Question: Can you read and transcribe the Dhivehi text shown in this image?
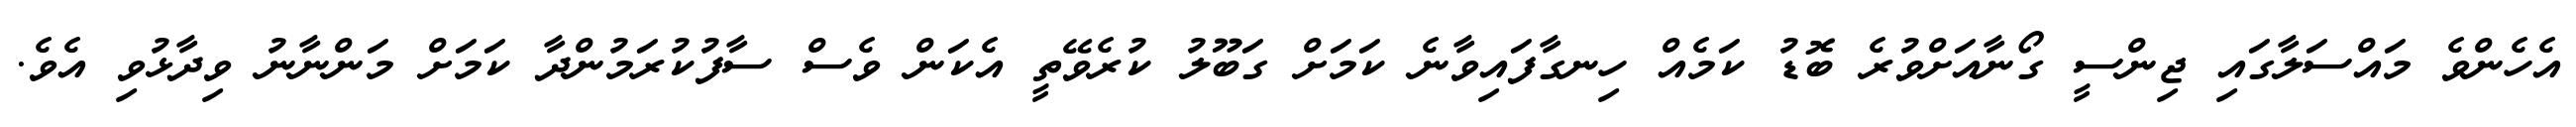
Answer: އެހެންވެ މައްސަލާގައި ޖިންސީ ގޯނާއަށްވުރެ ބޮޑު ކަމެއް ހިނގާފައިވާނެ ކަމަށް ގަބޫލު ކުރެވޭތީ އެކަން ވެސް ސާފުކުރަމުންދާ ކަމަށް މަންނާނު ވިދާޅުވި އެވެ.